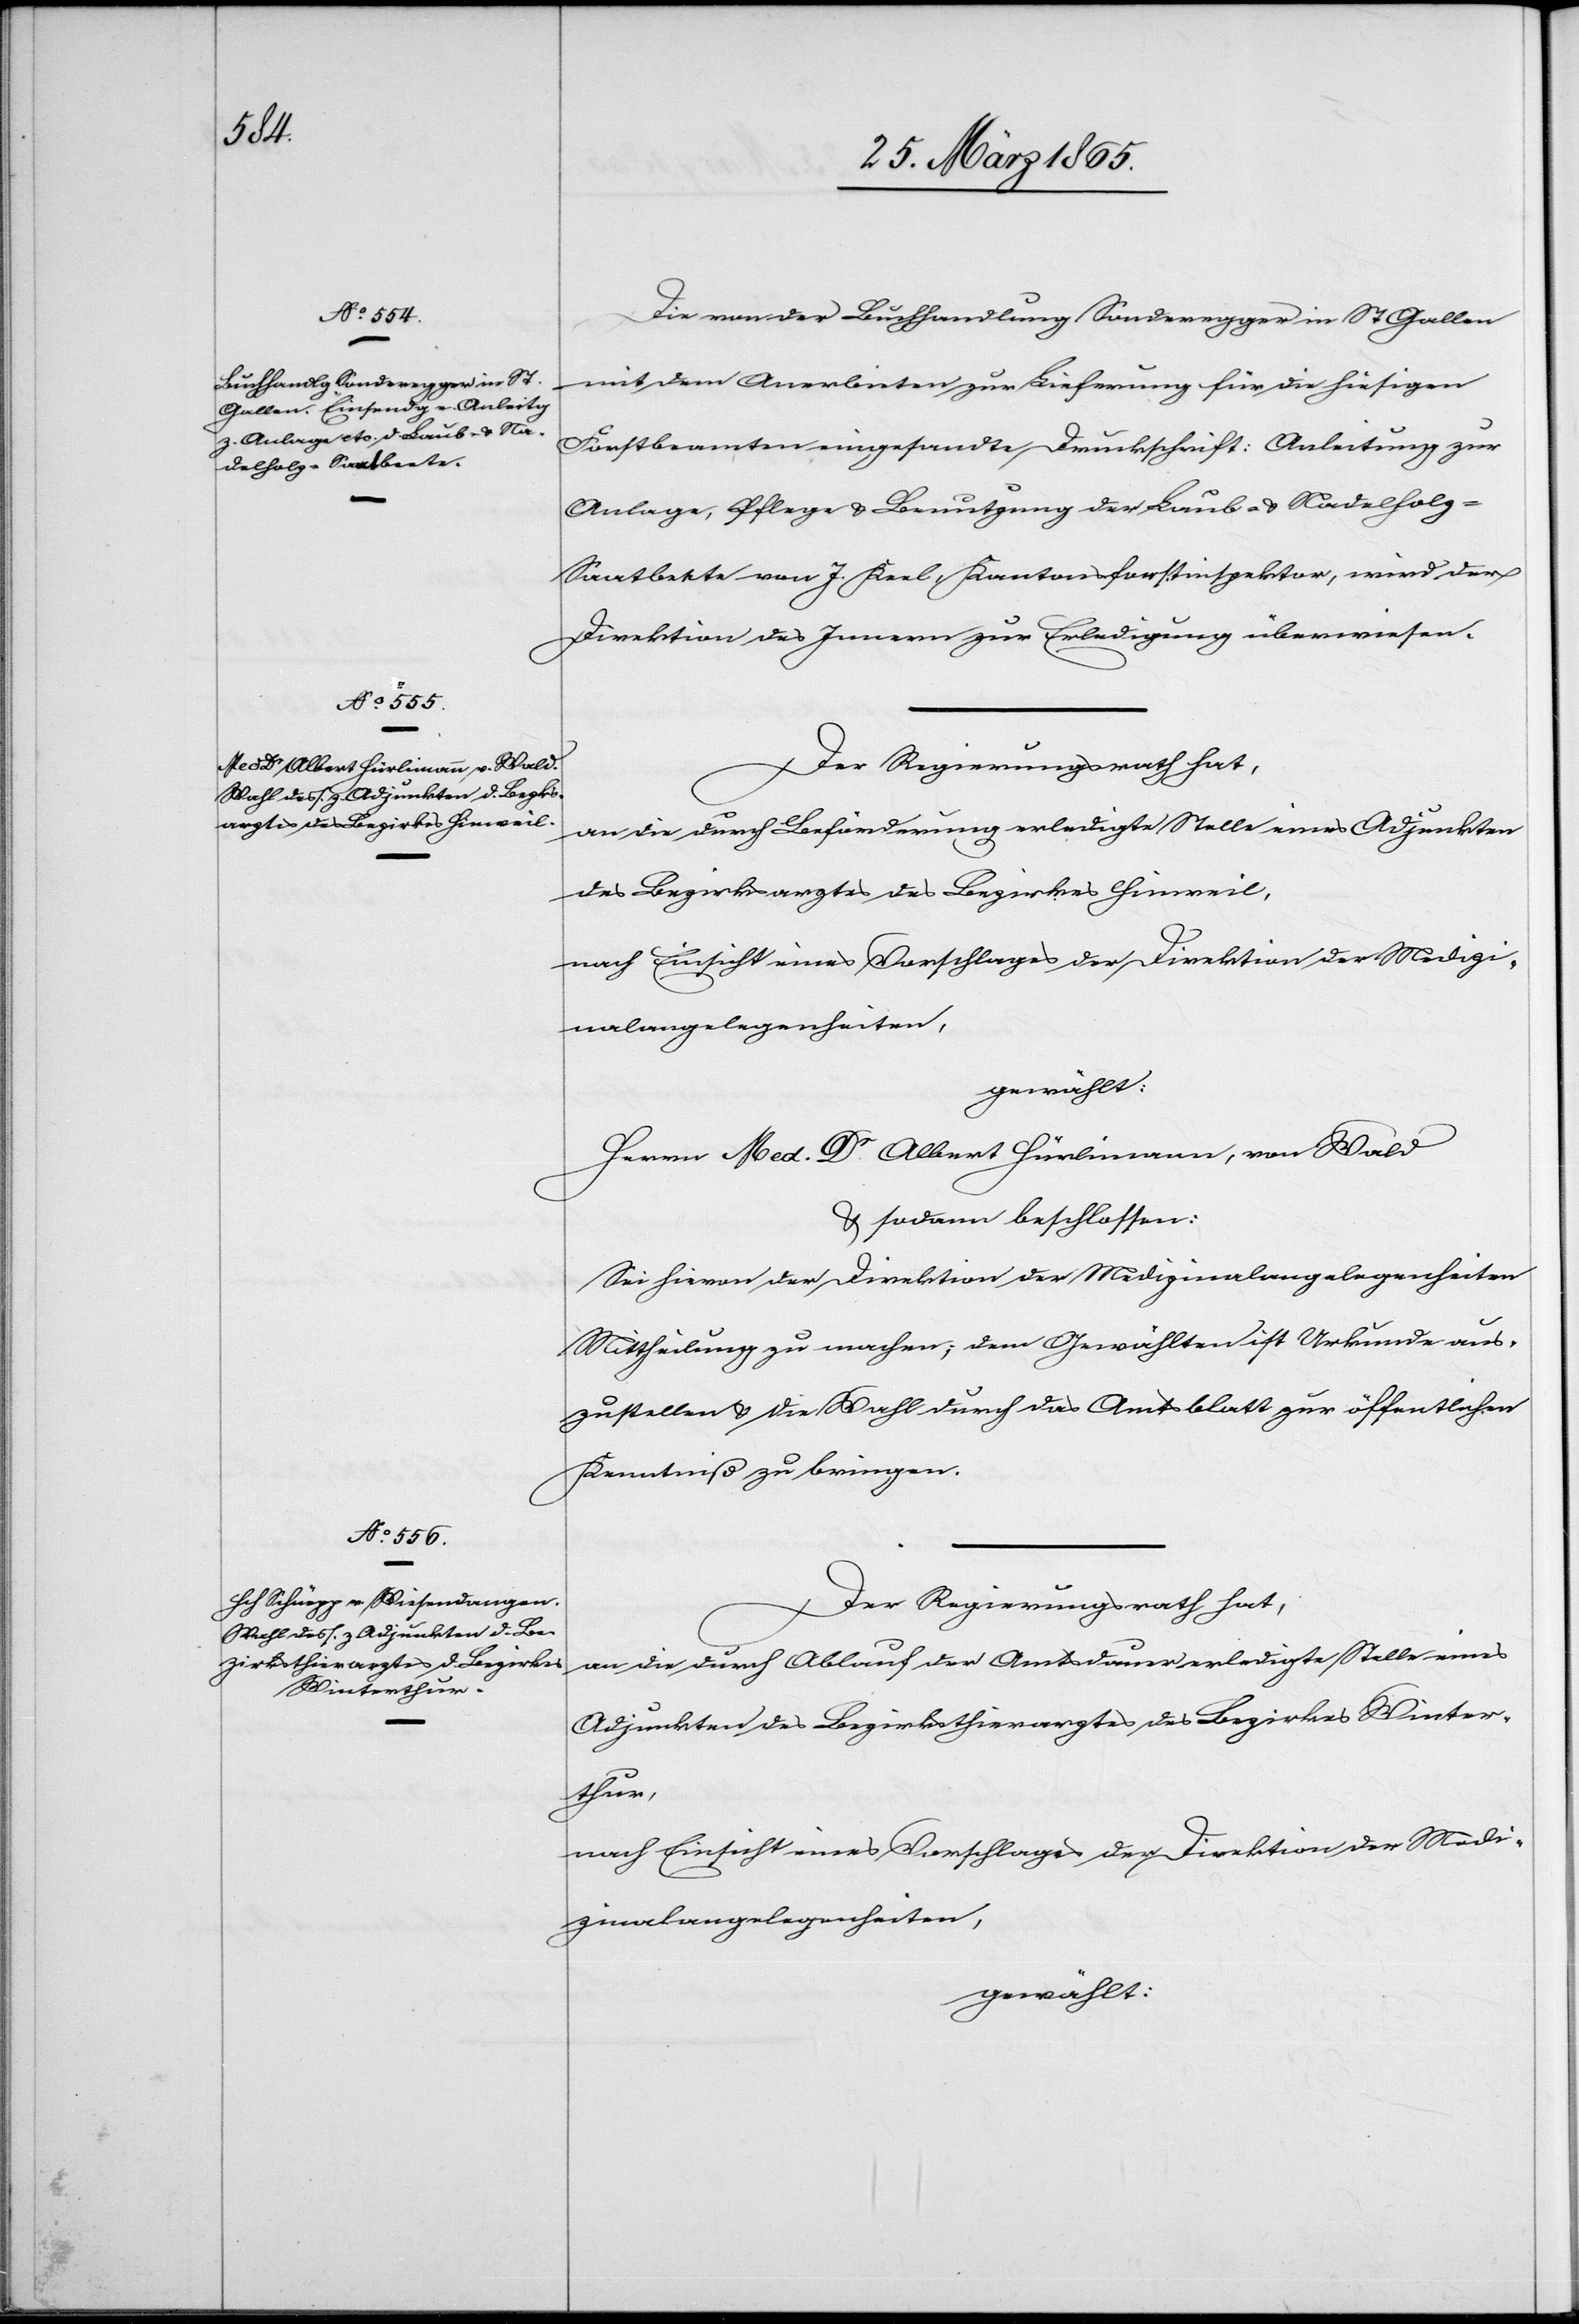
Die von der Buchhandlung Sonderegger in St Gallen
mit dem Anerbieten zur Lieferung für die hiesigen
Forstbeamten eingesandte Druckschrift: Anleitung zur
Anlage, Pflege & Benutzung der Laub- & Nadelholz-S¬
aatbeete von J. Keel, Kantonsforstinspektor, wird der
Direktion des Innern zur Erledigung überwiesen.
Der Regierungsrath hat,
an die durch Beförderung erledigte Stelle eines Adjunkten
des Bezirksarztes des Bezirkes Hinweil,
nach Einsicht eines Vorschlages der Direktion der Medizi¬
nalangelegenheiten,
gewählt:
Herrn Med. Dr Albert Hürlimann, von Wald
& sodann beschlossen:
Sei hievon der Direktion der Medizinalangelegenheiten
Mittheilung zu machen; dem Gewählten ist Urkunde aus¬
zustellen & die Wahl durch das Amtsblatt zur öffentlichen
Kenntniß zu bringen.
an die durch Ablauf der Amtsdauer erledigte Stelle eines
Adjunkten des Bezirksthierarztes des Bezirkes Winter¬
thur,
nach Einsicht eines Vorschlages der Direktion der Medi¬
zinalangelegenheiten,
gewählt: